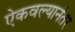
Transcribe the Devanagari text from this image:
ऐकवल्यानंतर